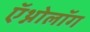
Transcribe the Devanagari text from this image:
ऍथ्नोलॉग